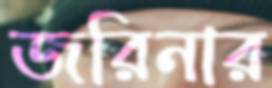
জরিনার